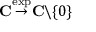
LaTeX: \mathbf { C } { \stackrel { \exp } { \to } } \mathbf { C } \backslash \{ 0 \}